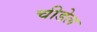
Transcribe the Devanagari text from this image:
चीडेल